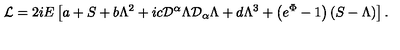
{ \mathcal { L } } = 2 i E \left[ a + S + b \Lambda ^ { 2 } + i c { \mathcal { D } } ^ { \alpha } \Lambda { \mathcal { D } } _ { \alpha } \Lambda + d \Lambda ^ { 3 } + \left( e ^ { \Phi } - 1 \right) \left( S - \Lambda \right) \right] .